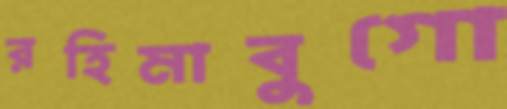
রহিমাবুগো